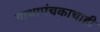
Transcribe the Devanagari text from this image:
गाथापंचकाचाही